Tezpur Lunatic Asylum reports 1877-1894 - 1877-1894
Year: 1877
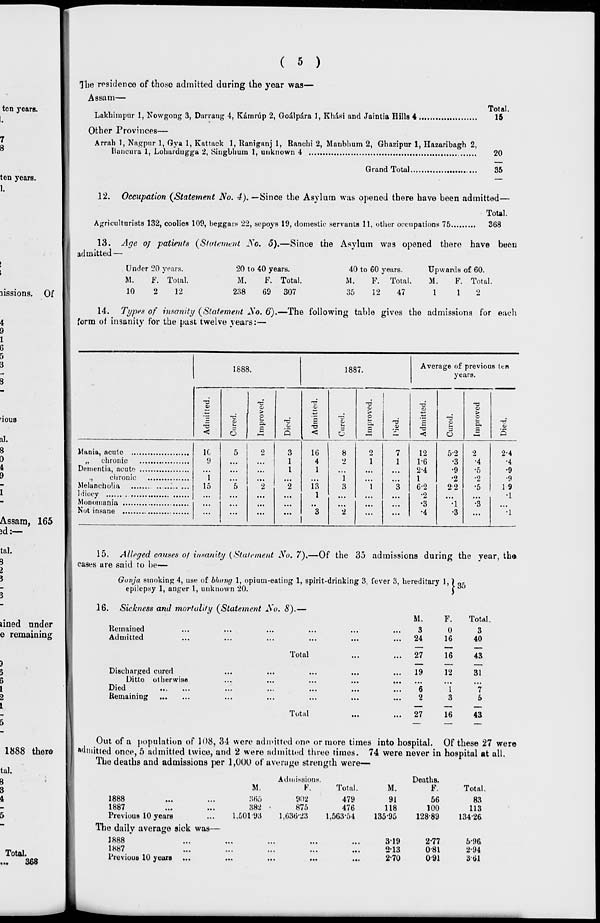
lissions. Of
( 5 )
The residence of those admitted during the year was—
Assam—
Total.
Lakhimpur 1, Nowgong 3, Darrang 4, Kamnip 2, Goalpara 1, Khasi and Jaintia Hills 4
15
Other Provinces—
Arrnh 1, Nagpur 1, Gya 1, Kattack 1, Raniganj 1, Ranchi 2, Manbhum 2, Ghazipur 1, Hazaribagh 2,
fiancura 1, Lohardngga 2, Singblium 1, unknown 4
20
Grand Total
35
12. Occupation {Statement No. 4). —Since the Asylum was opened there have been admitted—
Total.
Agriculturists 132, coolies 109, beggars 22, sepoys 19, domestic servants 11, other occupations 75
368
13. Age oj patients (Statement So. 5).—Since the Asylum was opened there have been
admitted —
Under 20 years.
20 to 40 years.
40 to 60 years.
Upwards of 60.
M.
F. Total.
M.
F. Total.
M.
F. Total.
M.
F. Total.
10
2
12
238
69 307
35
12
47
112
14. Types of insanity {Statement So. 6).—The following table gives the admissions for each
form of insanity for the past twelve years:—
1888.
1887.
Average of previous ten
years.
T3
T:
•
13
"O
0>
a>
V
flj
0
a
>
>
>
•V
u
0 •—
p.
t-
1*
p
a.
c
5
1
3
c
a,
0)
<
o
t—<
O
<
O
—
<
O
*-
S
1C
9
"i
15
5
5
0
•>
3
1
I
"2
16
4
1
i'3
8
2
' i
3
2
1
1
7
1
3
12
1-6
2-4
1
62
5-2
•3
•9
•2
9 0
2
•4
•5
•2
•5
2-4
•4
•9
•9
19
1
*2
•1
...
...
"3
2
...
•3
•4
■1
•3
•3
•1
15. Alleged causes of insanity {Statement So. 7).—Of the 35 admissions during the year, th«
cases are said to be—
Qanja smoking 4, use of bhang 1, opium-eating 1, spirit-drinking 3, fever 3, hereditary 1, ) „-
epilepsy 1, anger 1, unknown 20.
J
16. Sickness and mortality {Statement JSO. 8).—
Remained
Admitted
Discharged cured
Ditto otherwise
Died
Remaining
Total
M.
F.
Total
3
24
0
16
3
40
27
16
43
19
12
31
6
2
1
3
*7
5
Total
27
16
43
1888 ther©
Out of a population of 108, 34 were admitted onp or more times into hospital. Of these 27 were
admitted once, 5 admitted twice, and 2 were admitted three times. 74 were never in hospital at all.
The deaths and admissions per 1,000 of average strength were—
M.
Admissions.
P.
Total.
M.
Deaths.
F.
Total.
1888
...
1887
Previous 10 years
366
382
1,601*93
902
875
1,636-23
479
476
1,563-54
91
118
13595
56
100
128-89
83
113
13426
The daily average sick was—
J888
1887
Previous 10 years
...
...
•••
...
319
213
2-70
2-77
081
091
5-96
2-94
3-til